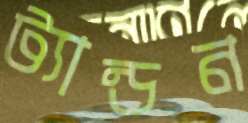
ট্যান্ডন